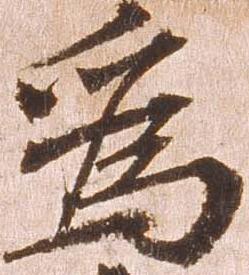
為